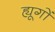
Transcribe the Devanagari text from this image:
ह्यूगों